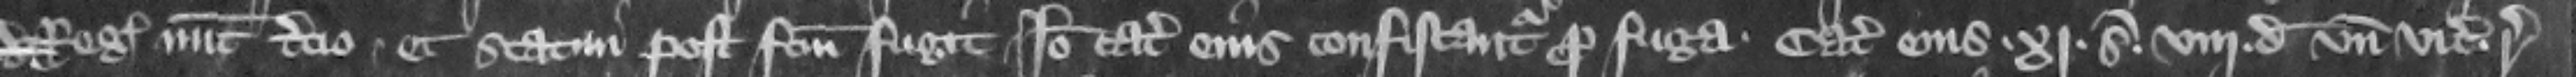
regis nunc tercio. et statim post factum fugit Ideo catalla eius confiscantur pro fuga. Catalla eius .xj. s. viij. d. vnde vicecomes respondeat.